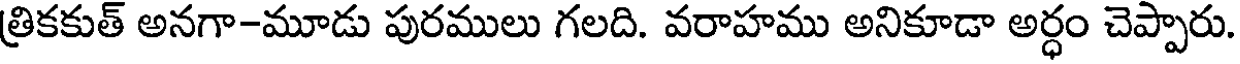
త్రికకుత్ అనగా-మూడు పురములు గలది. వరాహము అనికూడా అర్ధం చెప్పారు.